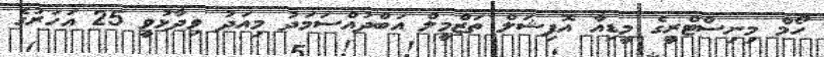
ހޯމް މިނިސްޓްރީގެ މީޑިއާ އޮފިޝަލް ތަޒްމީލް އަބްދުއްސަމަދު މިއަދު ވިދާޅުވީ 25 އަހަރުގެ